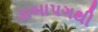
ડાબાપગથી